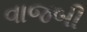
વાજબી